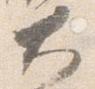
大